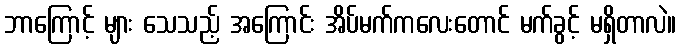
ဘာကြောင့် များ သေသည့် အကြောင်း အိပ်မက်ကလေးတောင် မက်ခွင့် မရှိတာလဲ။